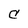
Character: C